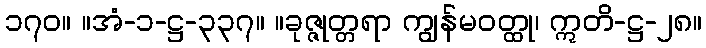
၁၇၀။ ။အံ-၁-ဋ္ဌ-၃၃၇။ ။ခုဇ္ဇုတ္တရာ ကျွန်မဝတ္ထု၊ ဣတိ-ဋ္ဌ-၂၈။